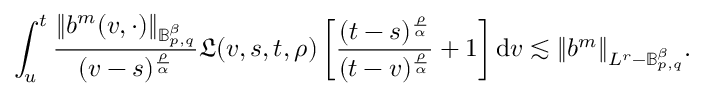
\int _ { u } ^ { t } \frac { \Vert b ^ { m } ( v , \cdot ) \Vert _ { \mathbb { B } _ { p , q } ^ { \beta } } } { ( v - s ) ^ { \frac { \rho } { \alpha } } } \mathfrak { L } ( v , s , t , \rho ) \left[ \frac { ( t - s ) ^ { \frac { \rho } { \alpha } } } { ( t - v ) ^ { \frac { \rho } { \alpha } } } + 1 \right] \mathrm { d } v \lesssim \Vert b ^ { m } \Vert _ { L ^ { r } - \mathbb { B } _ { p , q } ^ { \beta } } .